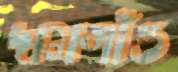
দামগাঁও